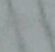
تم